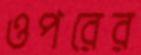
ওপরের